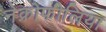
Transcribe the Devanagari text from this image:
नेक्रोफीलिया